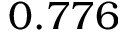
0 . 7 7 6